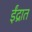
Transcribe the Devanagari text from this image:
ईंद्रात